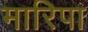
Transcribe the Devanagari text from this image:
मारिपा